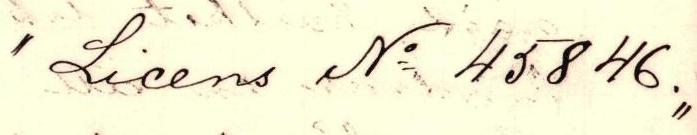
"Licens N=o 45846."